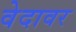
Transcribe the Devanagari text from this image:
वेदावर